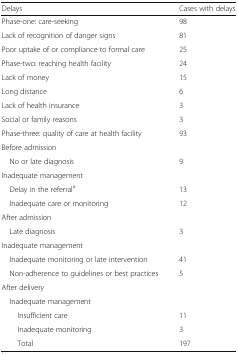
| Delays | Cases with delays |
 | --- | --- |
 | Phase-one: care-seeking | 98 |
 | Lack of recognition of danger signs | 81 |
 | Poor uptake of or compliance to formal care | 25 |
 | Phase-two: reaching health facility | 24 |
 | Lack of money | 15 |
 | Long distance | 6 |
 | Lack of health insurance | 3 |
 | Social or family reasons | 3 |
 | Phase-three: quality of care at health facility | 93 |
 | <COLSPAN=2> Before admission |
 | No or late diagnosis | 9 |
 | <COLSPAN=2> Inadequate management |
 | Delay in the referrala | 13 |
 | Inadequate care or monitoring | 12 |
 | <COLSPAN=2> After admission |
 | Late diagnosis | 3 |
 | <COLSPAN=2> Inadequate management |
 | Inadequate monitoring or late intervention | 41 |
 | Non-adherence to guidelines or best practices | 5 |
 | <COLSPAN=2> After delivery |
 | <COLSPAN=2> Inadequate management |
 | Insufficient care | 11 |
 | Inadequate monitoring | 3 |
 | Total | 197 |